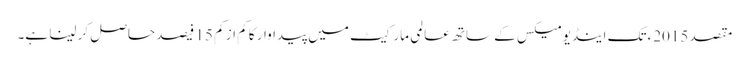
مقصد 2015ء تک اینڈیومیکس کے ساتھ عالمی مارکیٹ میں پیداوار کا کم از کم 15 فیصد حاصل کر لینا ہے۔